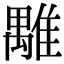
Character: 𩀍